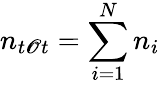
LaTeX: n_{t\mathscr{O}t}=\sum_{i=1}^{N}n_{i}